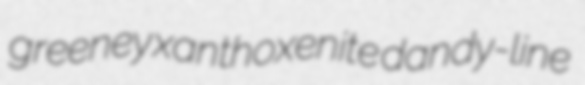
greeney xanthoxenite dandy-line